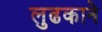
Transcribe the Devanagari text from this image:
लुढकाने